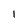
Character: 1